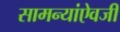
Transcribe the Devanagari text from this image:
सामन्यांऐवजी